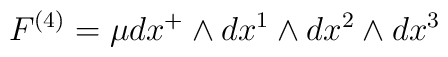
F^{\left(4 \right)} = \mu dx^{+} \wedge dx^1 \wedge dx^2 \wedge dx^3